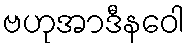
ဗဟုအာဒီနဝေါ